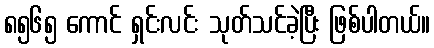
၈၅၆၅ ကောင် ရှင်းလင်း သုတ်သင်ခဲ့ပြီး ဖြစ်ပါတယ်။